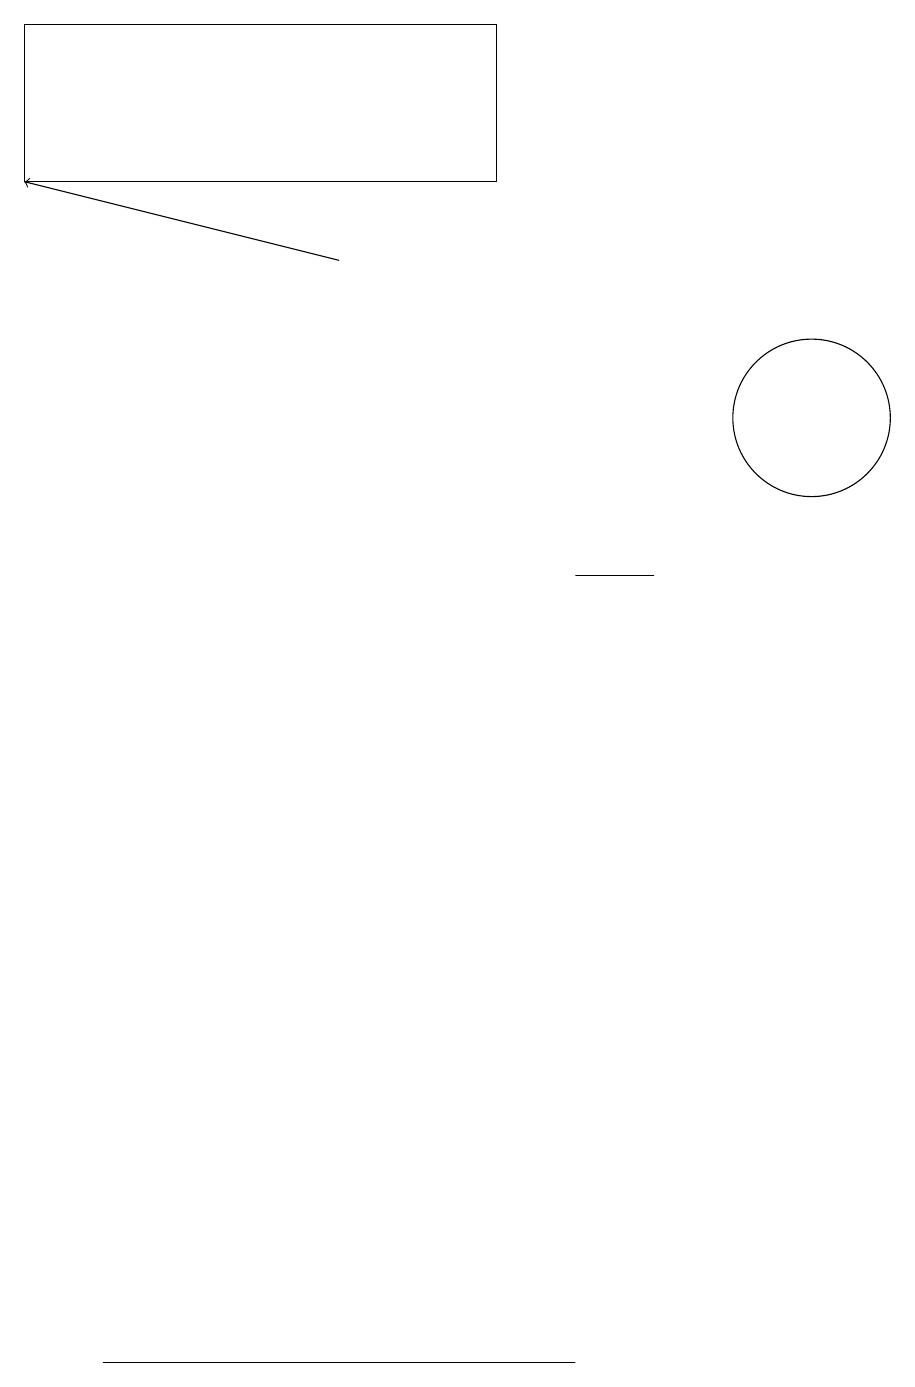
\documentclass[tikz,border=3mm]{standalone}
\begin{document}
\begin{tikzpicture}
\draw (6,17) rectangle (0,15);
\draw[->] (4,14) -- (0,15);
\draw (10,12) circle (1);
\draw (4,0) -- (7,0) -- (1,0) -- cycle;
\draw (8,10) rectangle (7,10);
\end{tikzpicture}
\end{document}